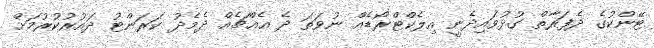
ޓޭންކުގެ ދެފަރާތް ގުޅުވައިދެނީ އިލެކްޓްރޯޑެއް ނުވަތަ ދެ އެއްޗެއް ދެމެދު ކަރަންޓު ދައުރުކުރުމަށް